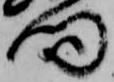
向